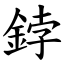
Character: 鋍